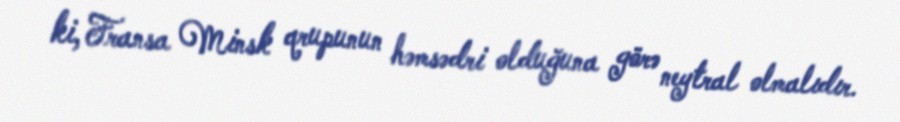
ki, Fransa Minsk qrupunun həmsədri olduğuna görə neytral olmalıdır.